Indian journal of veterinary science and animal husbandry - Volume 8,
Year: 1938
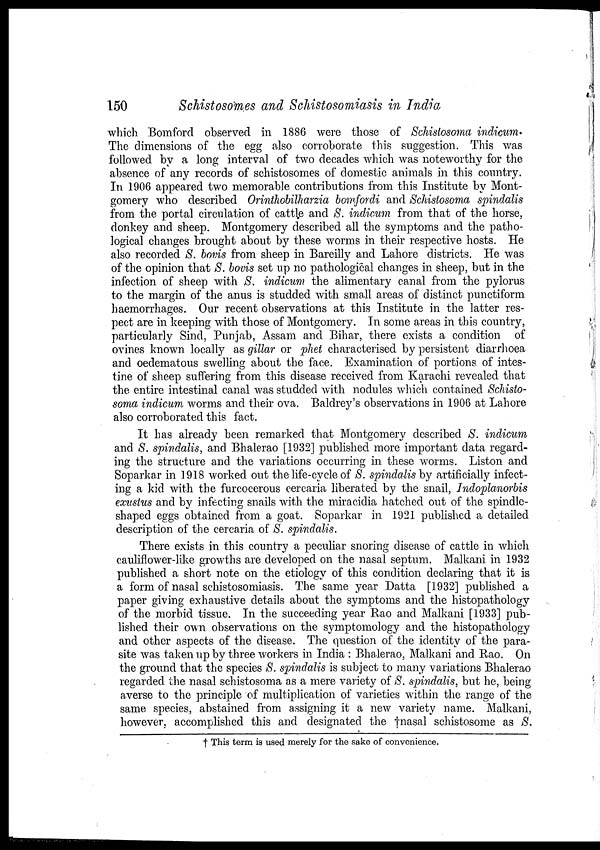
150
Schistosomes and Schistosomiasis in India
which. Bomford observed in 1886 were those of Schistosoma indicum.
The dimensions of the egg also corroborate this suggestion. This was
followed by a long interval of two decades which was noteworthy for the
absence of any records of schistosomes of domestic animals in this country.
In 1906 appeared two memorable contributions from this Institute by Mont-
gomery who described Orinthobilharzia bomfordi and Schistosoma spindalis
from the portal circulation of cattle and S. indicum from that of the horse,
donkey and sheep. Montgomery described all the symptoms and the patho-
logical changes brought about by these worms in their respective hosts. He
also recorded S. bovis from sheep in Bareilly and Lahore districts. He was
of the opinion that S. bovis set up no pathological changes in sheep, but in the
infection of sheep with S. indicum the alimentary canal from the pylorus
to the margin of the anus is studded with small areas of distinct punctiform
haemorrhages. Our recent observations at this Institute in the latter res-
pect are in keeping with those of Montgomery. In some areas in this country,
particularly Sind, Punjab, Assam and Bihar, there exists a condition of
ovines known locally as gillar or phet characterised by persistent diarrhoea
and oedematous swelling about the face. Examination of portions of intes-
tine of sheep suffering from this disease received from Karachi revealed that
the entire intestinal canal was studded with nodules which contained Schisto-
soma indicum worms and their ova. Baldrey's observations in 1906 at Lahore
also corroborated this fact.
It has already been remarked that Montgomery described S. indicum
and S. spindalis, and Bhalerao [1932] published more important data regard-
ing the structure and the variations occurring in these worms. Liston and
Soparkar in 1918 worked out the life-cycle of S. spindalis by artificially infect-
ing a kid with the furcocerous cercaria liberated by the snail, Indoplanorbis
exustus and by infecting snails with the miracidia hatched out of the spindle-
shaped eggs obtained from a goat. Soparkar in 1921 published a detailed
description of the cercaria of S. spindalis.
There exists in this country a peculiar snoring disease of cattle in which
cauliflower-like growths are developed on the nasal septum. Malkani in 1932
published a short note on the etiology of this condition declaring that it is
a form of nasal schistosomiasis. The same year Datta [1932] published a
paper giving exhaustive details about the symptoms and the histopathology
of the morbid tissue. In the succeeding year Rao and Malkani [1933] pub-
lished their own observations on the symptomology and the histopathology
and other aspects of the disease. The question of the identity of the para-
site was taken up by three workers in India : Bhalerao, Malkani and Rao. On
the ground that the species S. spindalis is subject to many variations Bhalerao
regarded the nasal schistosoma as a mere variety of S. spindalis, but he, being
averse to the principle of multiplication of varieties within the range of the
same species, abstained from assigning it a new variety name. Malkani,
however, accomplished this and designated the †nasal schistosome as S.
† This term is used merely for the sake of convenience.